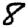
Digit: 8